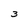
Character: 3